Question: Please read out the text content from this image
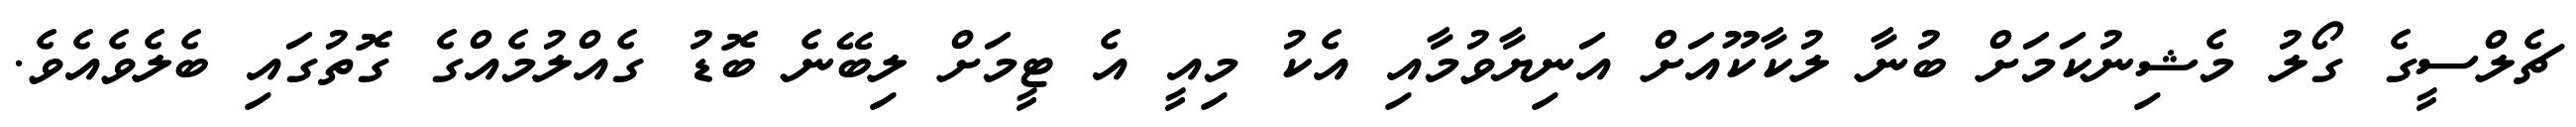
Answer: ޗެލްސީގެ ގޯލު މެޝިނުކަމަށް ބުނާ ލުކާކޫއަށް އަނިޔާވުމާއި އެކު މިއީ އެ ޓީމަށް ލިބޭނެ ބޮޑު ގެއްލުމެއްގެ ގޮތުގައި ބެލެވެއެވެ.